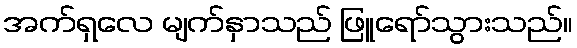
အက်ရှလေ မျက်နှာသည် ဖြူရော်သွားသည်။